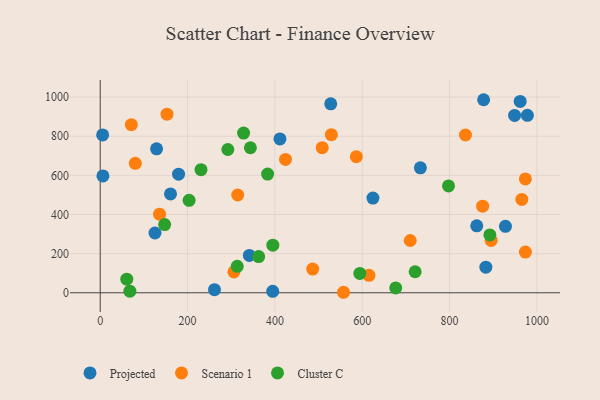
{"axis": {"x": "Ad Spend", "y": "Sales"}, "legend": ["Cluster C", "Projected", "Scenario 1"], "data": [{"x": "527.9", "y": 965.8, "type": "Projected"}, {"x": "125.4", "y": 305.6, "type": "Projected"}, {"x": "948.9", "y": 906.4, "type": "Projected"}, {"x": "411.6", "y": 786.4, "type": "Projected"}, {"x": "5.5", "y": 806.5, "type": "Projected"}, {"x": "878.0", "y": 986.6, "type": "Projected"}, {"x": "624.5", "y": 484.1, "type": "Projected"}, {"x": "261.7", "y": 15.7, "type": "Projected"}, {"x": "129.0", "y": 735.8, "type": "Projected"}, {"x": "978.2", "y": 906.8, "type": "Projected"}, {"x": "733.2", "y": 638.7, "type": "Projected"}, {"x": "6.2", "y": 597.0, "type": "Projected"}, {"x": "179.4", "y": 606.0, "type": "Projected"}, {"x": "395.0", "y": 7.4, "type": "Projected"}, {"x": "883.1", "y": 130.7, "type": "Projected"}, {"x": "161.0", "y": 505.2, "type": "Projected"}, {"x": "341.5", "y": 191.1, "type": "Projected"}, {"x": "961.7", "y": 977.9, "type": "Projected"}, {"x": "862.3", "y": 342.3, "type": "Projected"}, {"x": "928.0", "y": 339.7, "type": "Projected"}, {"x": "615.5", "y": 89.3, "type": "Scenario 1"}, {"x": "314.8", "y": 499.7, "type": "Scenario 1"}, {"x": "973.6", "y": 207.8, "type": "Scenario 1"}, {"x": "836.4", "y": 806.4, "type": "Scenario 1"}, {"x": "973.6", "y": 581.7, "type": "Scenario 1"}, {"x": "557.1", "y": 2.6, "type": "Scenario 1"}, {"x": "306.2", "y": 106.5, "type": "Scenario 1"}, {"x": "965.4", "y": 477.2, "type": "Scenario 1"}, {"x": "486.6", "y": 121.1, "type": "Scenario 1"}, {"x": "709.9", "y": 267.2, "type": "Scenario 1"}, {"x": "152.9", "y": 912.6, "type": "Scenario 1"}, {"x": "71.3", "y": 859.1, "type": "Scenario 1"}, {"x": "135.8", "y": 401.9, "type": "Scenario 1"}, {"x": "508.4", "y": 741.4, "type": "Scenario 1"}, {"x": "586.5", "y": 695.4, "type": "Scenario 1"}, {"x": "875.7", "y": 442.8, "type": "Scenario 1"}, {"x": "529.3", "y": 808.2, "type": "Scenario 1"}, {"x": "895.3", "y": 267.5, "type": "Scenario 1"}, {"x": "424.3", "y": 681.4, "type": "Scenario 1"}, {"x": "80.3", "y": 661.5, "type": "Scenario 1"}, {"x": "313.7", "y": 135.0, "type": "Cluster C"}, {"x": "147.5", "y": 348.5, "type": "Cluster C"}, {"x": "343.9", "y": 741.2, "type": "Cluster C"}, {"x": "797.6", "y": 546.1, "type": "Cluster C"}, {"x": "676.7", "y": 24.7, "type": "Cluster C"}, {"x": "362.8", "y": 185.0, "type": "Cluster C"}, {"x": "292.2", "y": 732.3, "type": "Cluster C"}, {"x": "395.3", "y": 243.1, "type": "Cluster C"}, {"x": "203.5", "y": 472.5, "type": "Cluster C"}, {"x": "892.3", "y": 295.7, "type": "Cluster C"}, {"x": "230.8", "y": 629.0, "type": "Cluster C"}, {"x": "383.4", "y": 606.4, "type": "Cluster C"}, {"x": "67.9", "y": 8.4, "type": "Cluster C"}, {"x": "60.8", "y": 69.8, "type": "Cluster C"}, {"x": "594.5", "y": 99.0, "type": "Cluster C"}, {"x": "328.3", "y": 816.1, "type": "Cluster C"}, {"x": "721.2", "y": 107.5, "type": "Cluster C"}]}